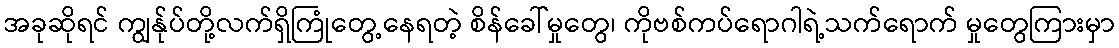
အခုဆိုရင် ကျွန်ုပ်တို့လက်ရှိကြုံတွေ့နေရတဲ့ စိန်ခေါ်မှုတွေ၊ ကိုဗစ်ကပ်ရောဂါရဲ့သက်ရောက် မှုတွေကြားမှာ